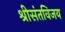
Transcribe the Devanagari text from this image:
श्रीसंतविजय